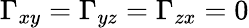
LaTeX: \Gamma_{xy}=\Gamma_{yz}=\Gamma_{zx}=0